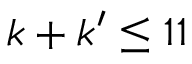
k + k ^ { \prime } \leq 1 1